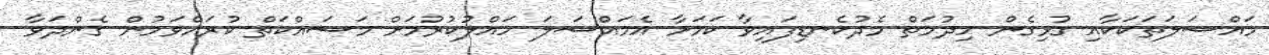
މައްސަލަތަކަކާއި ގުޅިގެން ހިދުމަތް މެދުކެނޑިފައިވާ ކަމަށާ އެމައްސަލަ ހައްލުކުރުމަށް މަސައްކަތް ކުރައްވަމުން ގެންދަވާ